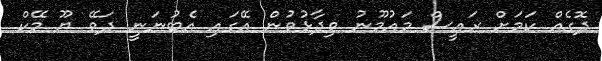
ދޮގެއް ކަމަށް ރައީސް މައުމޫނު ވިދާޅުވުން އޭގައި އެބުނަނީ ދަވޭ ޔޫ މޭކް